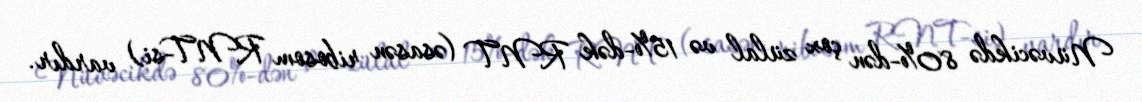
Nüvəcikdə 80%-dən çox zülal və 15%-dək RNT (əsasən ribosom RNT-si) vardır.